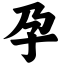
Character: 孕